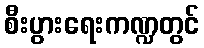
စီးပွားရေးကဏ္ဍတွင်